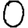
Digit: 0